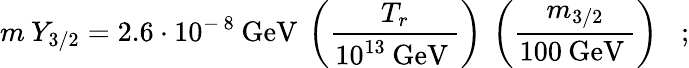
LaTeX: m\: Y_{3/2}=2.6\cdot 10^{-\, 8}\: \mathrm{GeV}\: \left(\frac{T_{r}}{10^{13}\: \mathrm{GeV}\: }\right)\: \left(\frac{m_{3/2}}{100\: \mathrm{GeV}\: }\right)\; \; \; ;